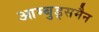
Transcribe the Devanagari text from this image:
आम्बुड्समैन